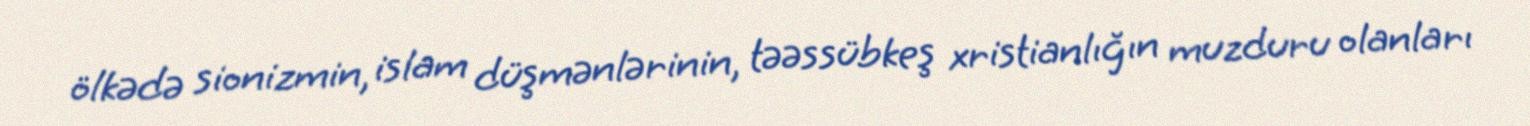
ölkədə sionizmin, islam düşmənlərinin, təəssübkeş xristianlığın muzduru olanları